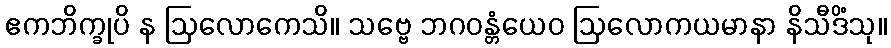
ဧကဘိက္ခုပိ န ဩလောကေသိ။ သဗ္ဗေ ဘဂဝန္တံယေဝ ဩလောကယမာနာ နိသီဒိံသု။